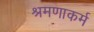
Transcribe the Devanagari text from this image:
श्रमणाकर्म